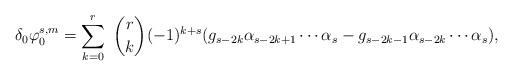
LaTeX: \begin{align*} \delta_0 \varphi_0^{s,m} = \sum_{k=0}^{r}\ \binom{r}{k} (-1)^{k+s} (g_{s-2k} \alpha_{s-2k +1} \cdots \alpha_{s}- g_{s-2k-1} \alpha_{s-2k} \cdots \alpha_{s}), \end{align*}